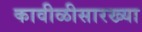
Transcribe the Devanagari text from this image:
कावीळीसारख्या